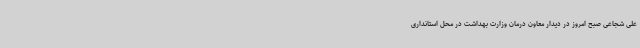
علی شجاعی صبح امروز در دیدار معاون درمان وزارت بهداشت در محل استانداری